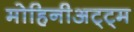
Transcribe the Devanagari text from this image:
मोहिनीअट्ट्म